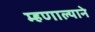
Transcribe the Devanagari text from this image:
म्हणाल्याने